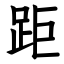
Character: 距